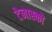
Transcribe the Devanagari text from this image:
टेनास्को